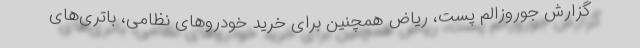
گزارش جوروزالم پست، ریاض همچنین برای خرید خودروهای نظامی، باتری‌های